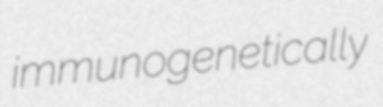
immunogenetically